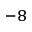
^ { - 8 }